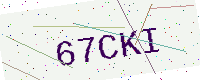
Text: 67CKI